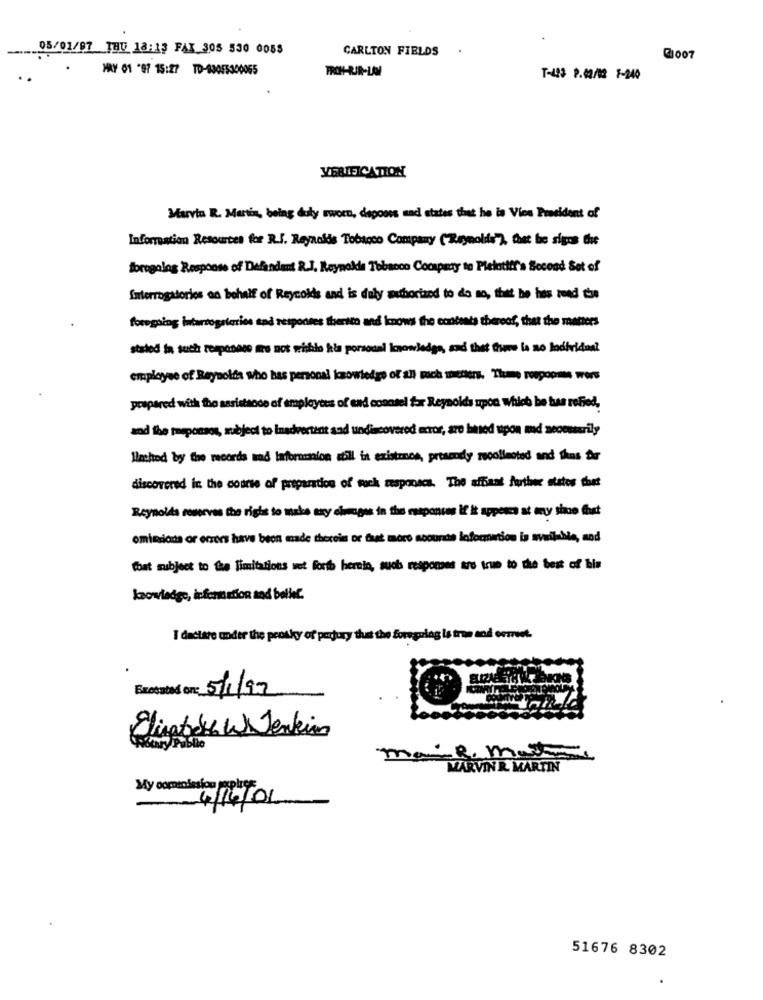
----
05/01/97 THU 18:13 FAX 305 530 0058
CARLTON FIELDS
MAY 01 -97 15:27 TD-80055300065
FRONT-RIR-LAW
T-423 9.90/0 1-240
VERIFICATION
Marvin R. Martin, being duly sworn, depoons und states that he is Vies President of
Information Resources for R.J. Reynolds Tobacco Company (Reynolds'), fast be signs the
forogolog Response of Defendant R.J. Reynolds Tobacco Cocapery te Pleintiff's Second Set of
Interrogatorios on behalf of Reycolds and is duly authorized to do no, thif he has zend the
foregoing intertogaleries and responses therito and knows the contents thereof, that the matters
stated in such response was not wishla kia personal knowledge, and that fsme lo no lodivides.
employee of Reynolda who has personal knowledge of all rach metiers. Theme roepopmas wors
prepared with the assistance of employees of end cosasel for Reynolds upon Which be bas refied.
and the poeponsos, subject to Inadvertent and undiscovered error, are beed upon md nooowarily
Nachted by the records and information will in existenon, presently mecollected and thus for
discovered in the course of preparation of woch responsca. The affiant further states thet
Reynolds reserves the right to make say cimages in the responses if it appena at my sioo fhet
omicida or ecrees have been made chocola ce fut moro nocurto information is available, med
that subject to the limitations set forth hernio, such responses are true to the best of bis
knowledge, information and belief.
I dactare under the pensky of perjury that the Sorgulag is tron and erreet.
Executed on: 5/1/97
Elisaticks W Jenkin
mail. mas
MARVIN R. MARTIN
My oomeniesiou splress
4/4/06
51676 8302